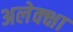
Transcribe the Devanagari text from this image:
अलेक्क्षा